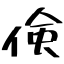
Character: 倹